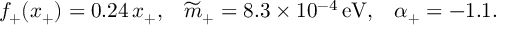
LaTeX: f _ { + } ( x _ { + } ) = 0 . 2 4 \, x _ { + } , \; \; \; \widetilde { m } _ { + } = 8 . 3 \times 1 0 ^ { - 4 } \, \mathrm { e V } , \; \; \; \alpha _ { + } = - 1 . 1 .